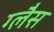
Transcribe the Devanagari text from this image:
ग्लैस